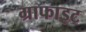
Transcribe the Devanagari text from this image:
ग्राफाइट